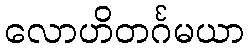
လောဟိတင်္ဂမယာ